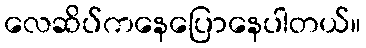
လေဆိပ်ကနေပြောနေပါတယ်။